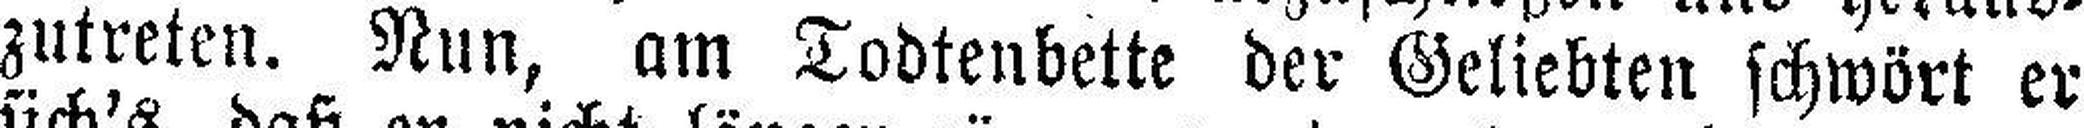
zutreten. Nun, am Todtenbette der Geliebten schwört er